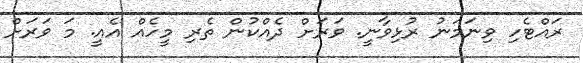
ރައްޓެހި ވިނަމަނު ރުޅިވާނީ. ވަރަށް ދެއްކުން ތެރި މީހެއް އެއީ. މަ ވަރަށް